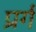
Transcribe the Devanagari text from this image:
प्रर्ग